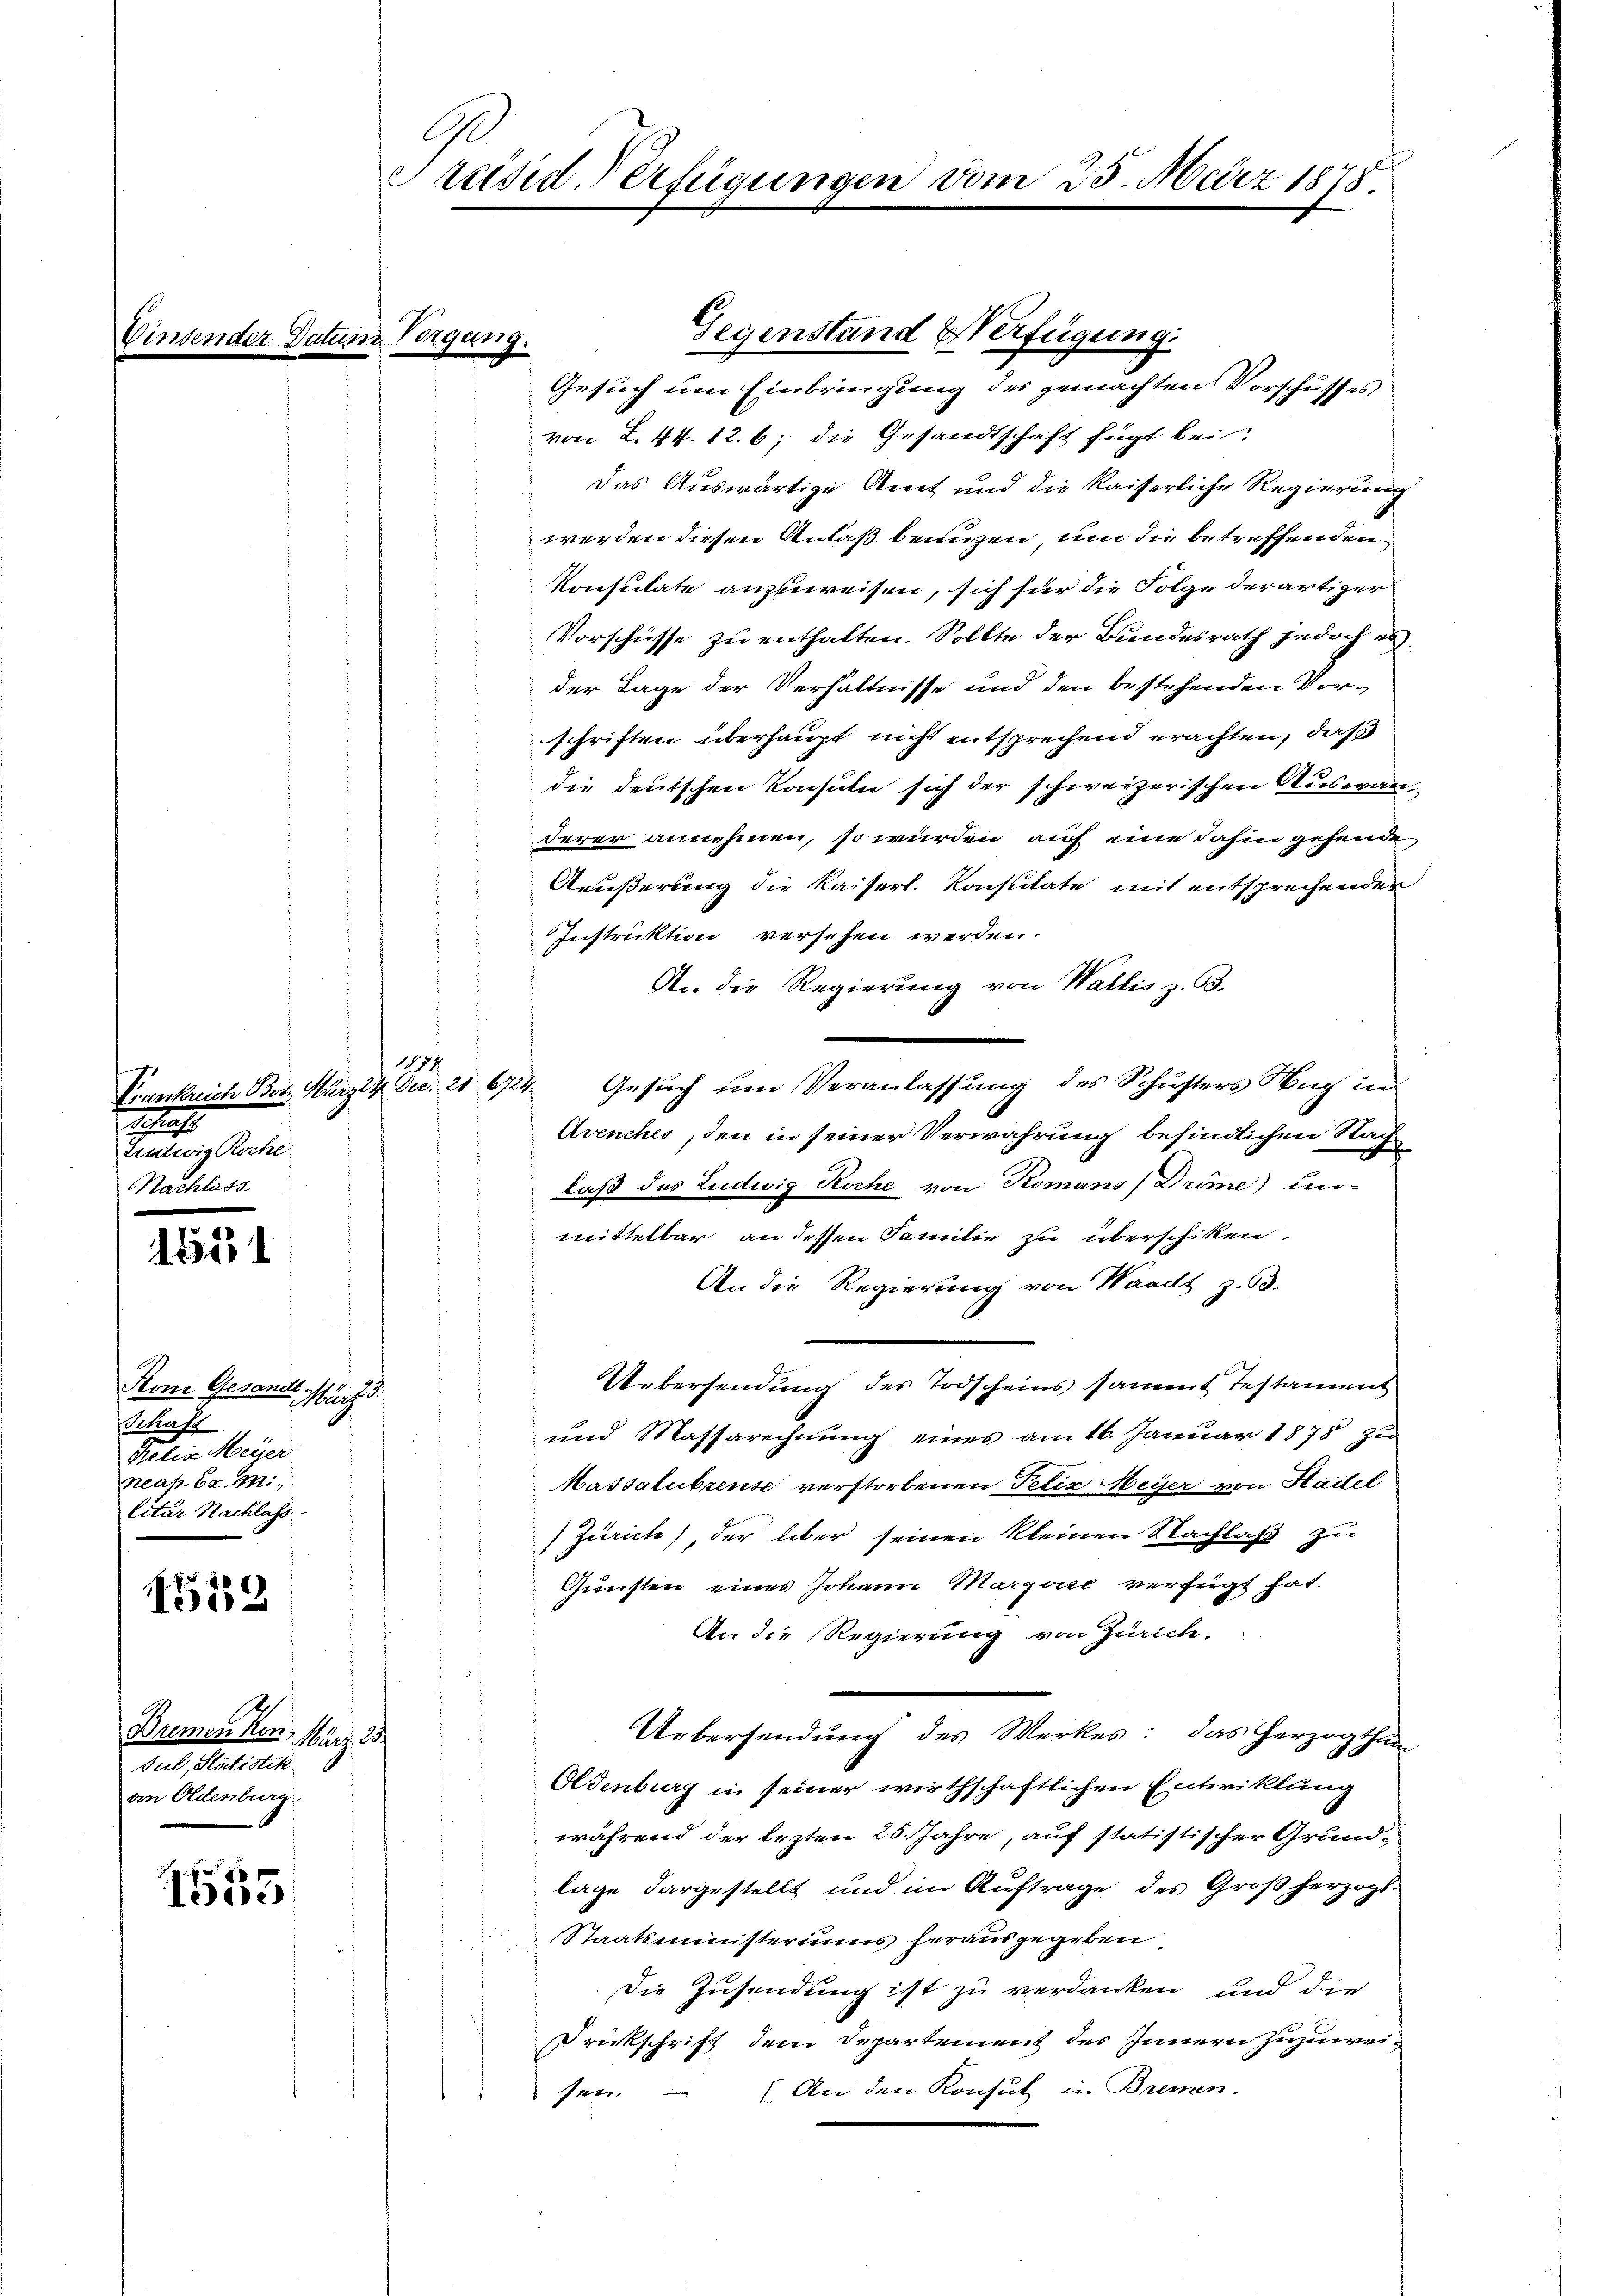
bi

Sehns
Ludwig Roche
Nachlass

1851

Stoni Gesandt.
fu
Schaft
Felix Meÿer
neap. C. Mi
litär Nachlass

1559

h
Bremen von März 23.
Jul, Statistik
an Oldenburg

g
Isere

Präsid. Verfügungen vom 25. März 1878.

Vergang.

1874

Gesuch um Einbringung des gemachten Vorschusses
von L. 44. 12. 6; die Gesandtschaft fügt bei:
Das Auswärtige Amt und die kaiserliche Regierung
werden diesen Anlaß benuzen, um die betreffenden
Konsulate anzuweisen, sich für die Folge derartiger
Vorschüsse zu enthalten. Sollte der Bundesrath jedoch es
der Tage der Verhältnisse und den bestehenden Vorschriften überhaupt nicht entsprechend erachten, daß
die deutschen Konsuln sich der schweizerischen Auswanderer annehmen, so würden auf eine dahin gehende
Äußerung die Kaiserl. Konstitate mit entsprechender
Instruktion versehen werden.
An die Regierung von Wallis z. B.
Frankreich Bot März 14 Dec. 21. 6724. Gesuch um Veranlassung des Schusters Nach in
Avenches, den in seiner Verwahrung befindlichen Nach
laß des Ludwig Koche von Komans) Dröme) un-
mittelbar an dessen Familie zu überschiken
An die Regierung von Waadt z. B.
Uebersendung des Todscheins sammt Testament
und Massarechnung eines am 16. Januar 1878 zu
Massalubrense verstorbenen Petir Meyer von Stattel
) Zürich), der über seinen kleinen Nachlaß zu
Gunsten eines Johann Marganić verfügt hat.
An die Regierung von Zürich,
Uebersendung des Werkes: das Herzogthum
Oldenburg in seiner wirthschaftlichen Entwicklung
während der lezten 25. Jahre, auf statistischer Grundlage dargestellt und im Auftrage des Großherzogs
Staatsministeriums herausgegeben.
Die Zusendung ist zu verdanken und die
Drückschrift dem Departement des Innern zuzuwei¬
1 An den Konsul in Bremen.
sen.

Gegenstand Verfügung